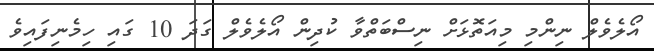
އޯލެވެލް ނިންމި މިއަތޮޅަށް ނިސްބަތްވާ ކުދިން އޯލެވެލް ގަދަ 10 ގައި ހިމެނިފައިވެ